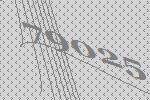
79025